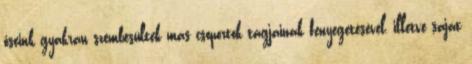
őseink gyakran szembesültek más csoportok tagjainak fenyegetésével, illetve saját